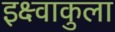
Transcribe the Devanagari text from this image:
इक्ष्वाकुला